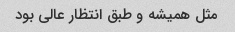
مثل همیشه و طبق انتظار عالی بود